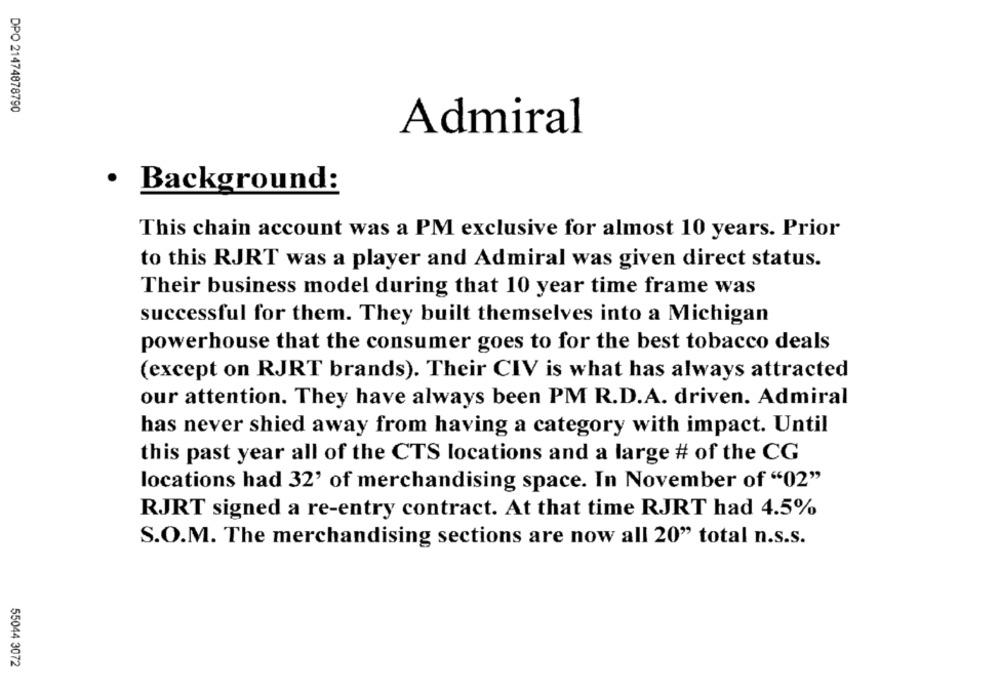
DPO 21474878790
Admiral
· Background:
This chain account was a PM exclusive for almost 10 years. Prior
to this RJRT was a player and Admiral was given direct status.
Their business model during that 10 year time frame was
successful for them. They built themselves into a Michigan
powerhouse that the consumer goes to for the best tobacco deals
(except on RJRT brands). Their CIV is what has always attracted
our attention. They have always been PM R.D.A. driven. Admiral
has never shied away from having a category with impact. Until
this past year all of the CTS locations and a large # of the CG
locations had 32' of merchandising space. In November of "02"
RJRT signed a re-entry contract. At that time RJRT had 4.5%
S.O.M. The merchandising sections are now all 20" total n.s.s.
55044 3072